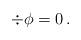
LaTeX: \begin{align*} \div \phi = 0\, .\end{align*}